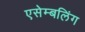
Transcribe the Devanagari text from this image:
एसेम्बलिंग